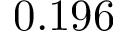
0 . 1 9 6